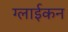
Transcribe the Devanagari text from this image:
ग्लाईकन